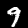
Label: 9